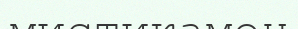
мистикамен